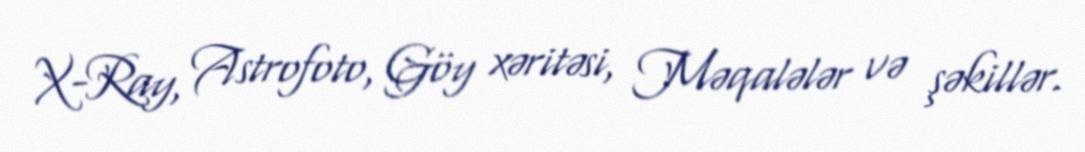
X-Ray, Astrofoto, Göy xəritəsi, Məqalələr və şəkillər.